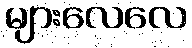
များလေလေ